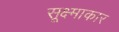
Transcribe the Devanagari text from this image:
सूक्ष्माकार